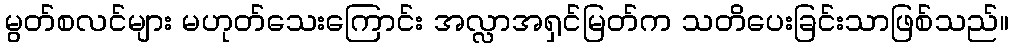
မွတ်စလင်များ မဟုတ်သေးကြောင်း အလ္လာအရှင်မြတ်က သတိပေးခြင်းသာဖြစ်သည်။